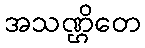
အသဏ္ဌိတေ